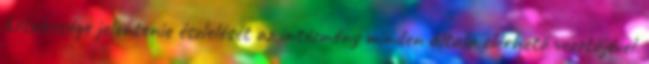
kötelessége jelentenie észlelését az intézmény minden általa elérhető vezetőjével.